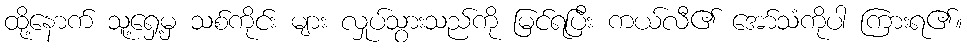
ထို့နောက် သူ့ရှေ့မှ သစ်ကိုင်း များ လှုပ်သွားသည်ကို မြင်ရပြီး ကယ်လီ၏ အော်သံကိုပါ ကြားရ၏။